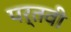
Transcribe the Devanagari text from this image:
पर्तवी